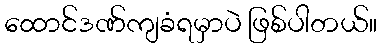
ထောင်ဒဏ်ကျခံရမှာပဲ ဖြစ်ပါတယ်။